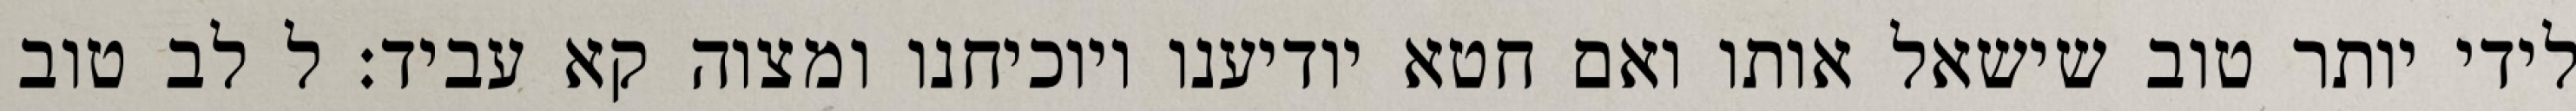
לידי יותר טוב שישאל אותו ואם חטא יודיענו ויוכיחנו ומצוה קא עביד: ל לב טוב